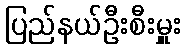
ပြည်နယ်ဦးစီးမှူး